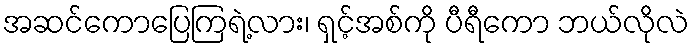
အဆင်ကောပြေကြရဲ့လား၊ ရှင့်အစ်ကို ပီရီကော ဘယ်လိုလဲ